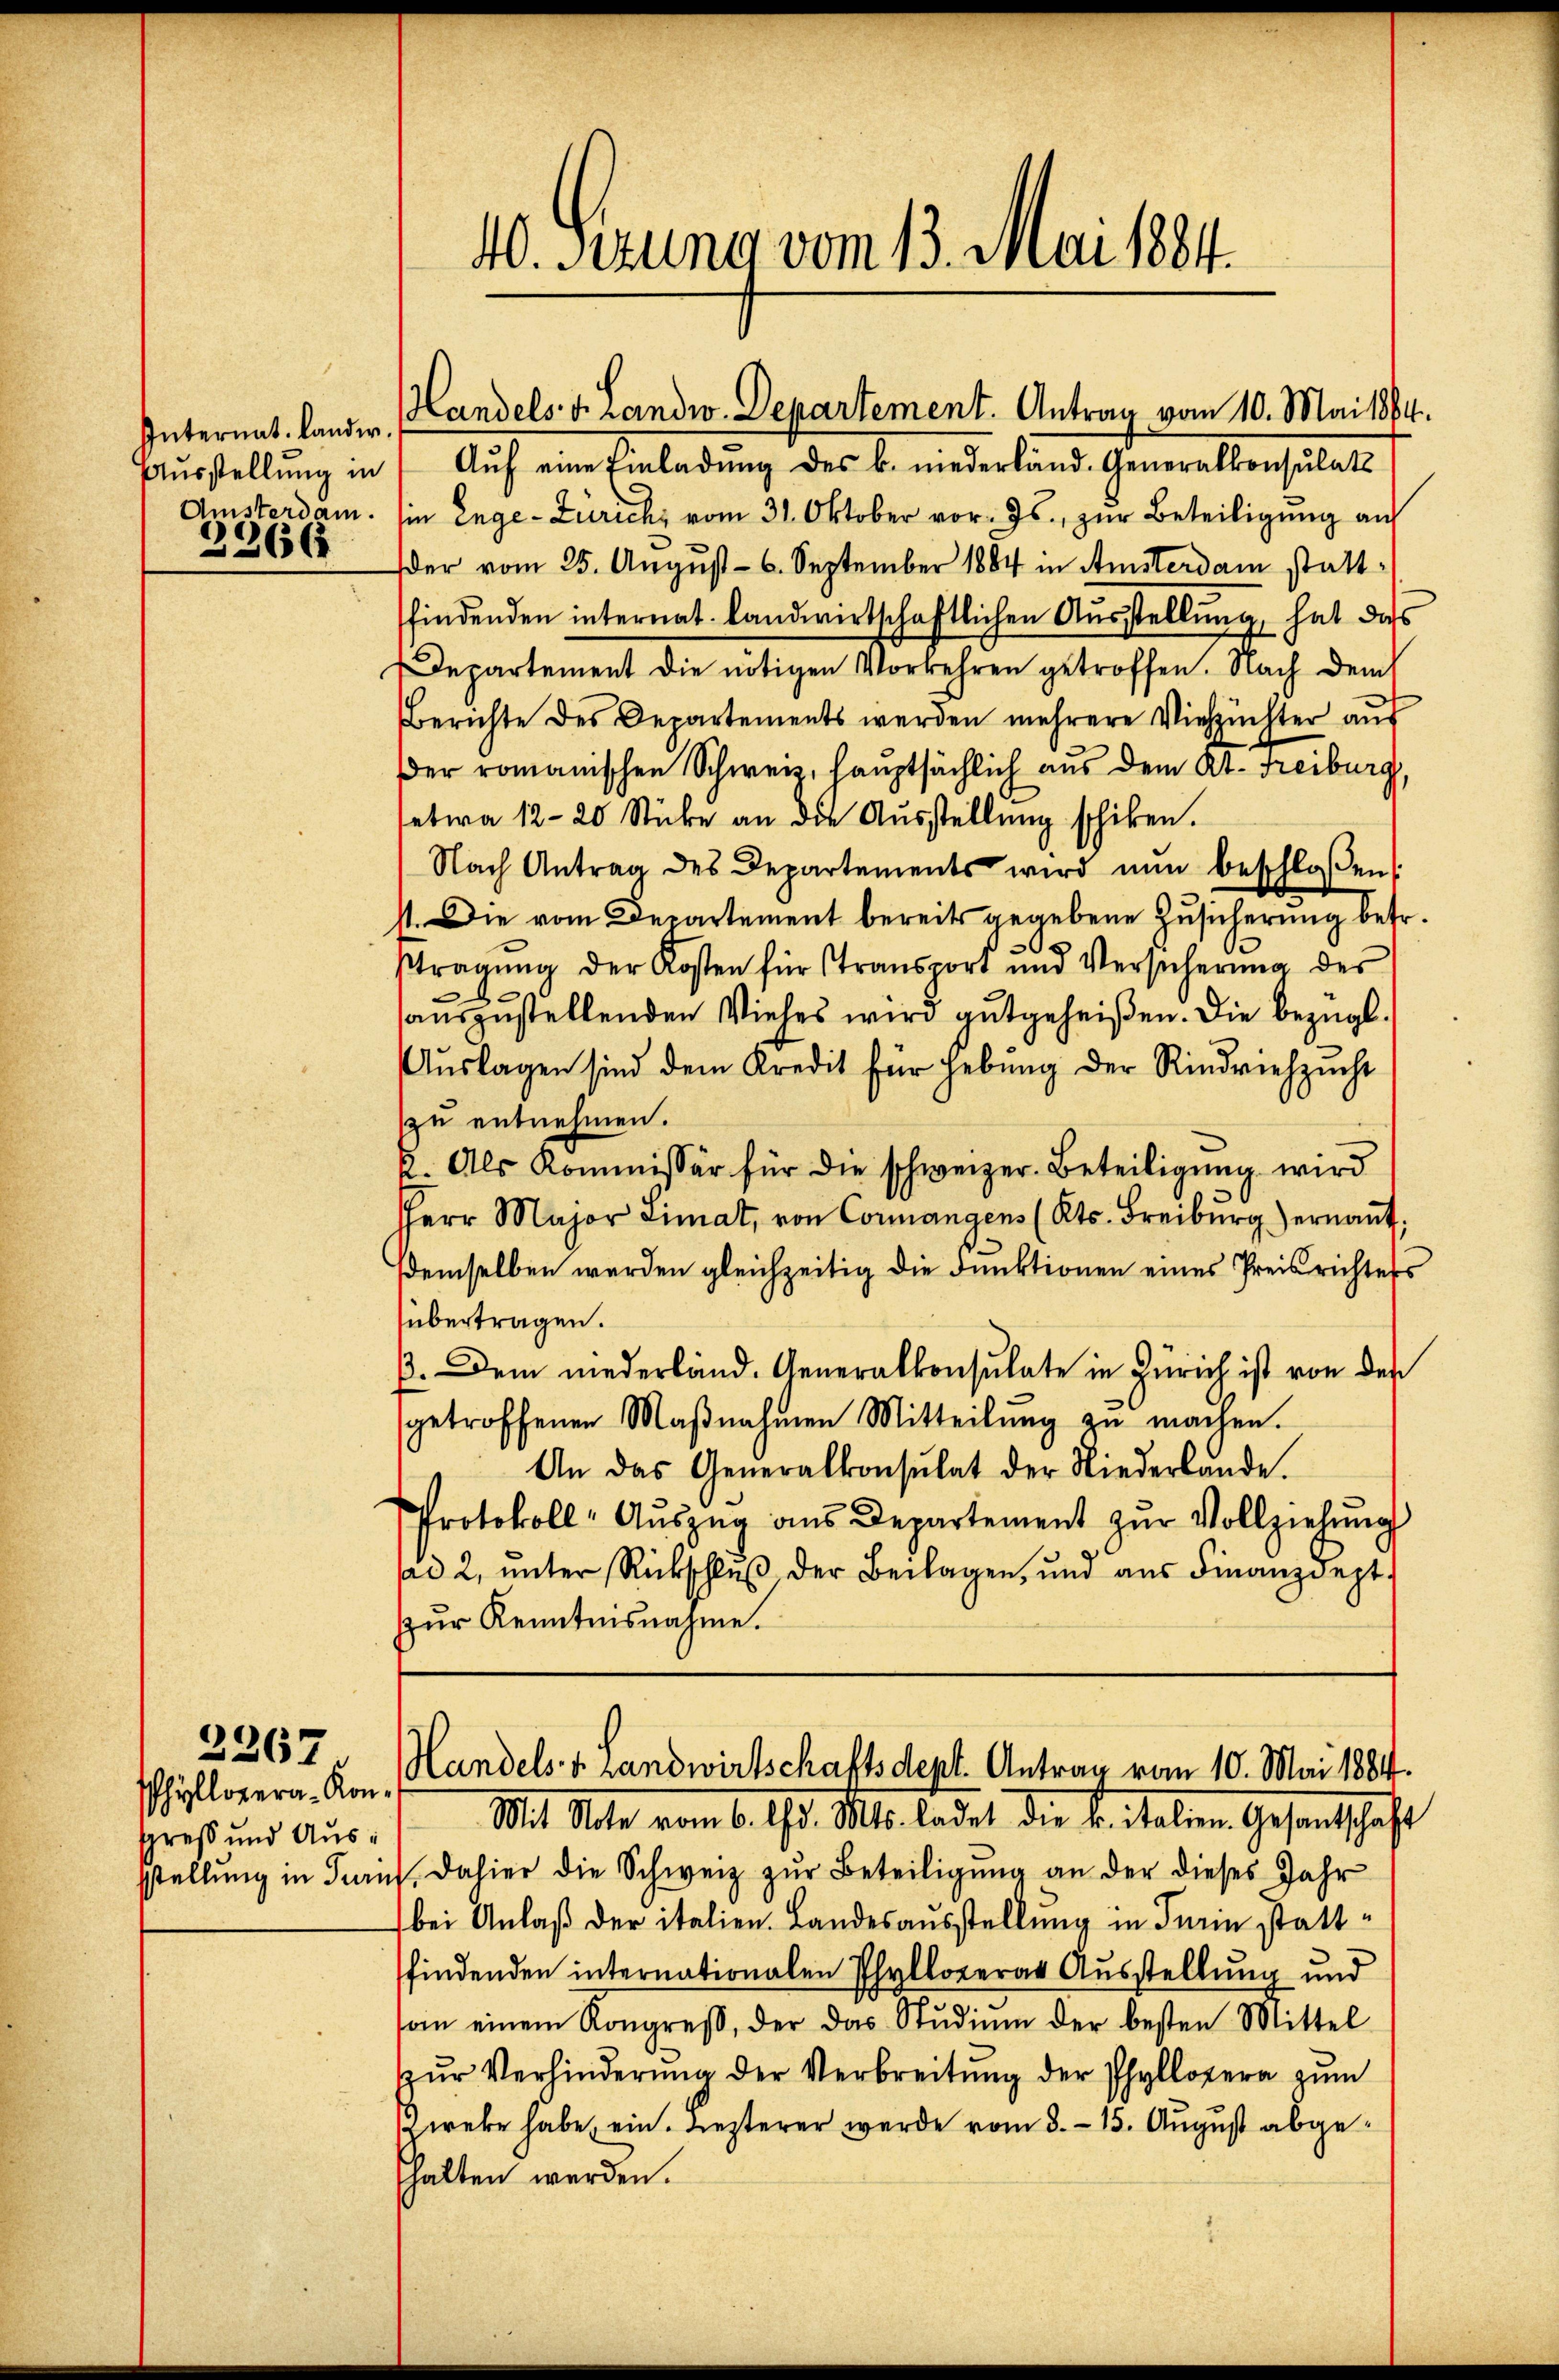
Ausstellung in
Amsterdam.
3366

Phyllopera-Kongreß und Aussstellung in Turin

2267.

40. Ferung vom 13. Mai 1884.

Aŭf eine Einladung des k. niederländ. Generalkonsulats
in Enge-Zürich vom 31. Oktober vor. Js. zur Beteiligung auf
der vom 25. August - 6. September 1884 in Amsterdam stattfindenden internat. Landwirtschaftlichen Ausstellung, hat dass
Departement die nötigen Vorkehren getroffen. Nach dem
Berichte des Departements werden mehrere Viehzŭchter aus
der romanischen Schweiz, hauptsächlich aus dem At. Freiburg,
etwa 12-20 Stücke an die Ausstellung schiken.
Nach Antrag des Departements wird nun beschloßen:
st. Die vom Departement bereits gegebene Zusicherung betr.
stragŭng der Kosten für Transport und Versicherŭng des
sauszustellenden Viehes wird gutgeheißen. Die bezügl.
Aŭslagen sind dem Kredit für Hebŭng der Rindviehzŭcht
zu entnehmen.
k. Als Kommissär für die schweizer. Beteiligung wird
Herr Major Limat, von Connangens (Kts. Freiburg) ernannt;
demselben werden gleichzeitig die Funktionen eines Preisrichtess
übertragen.
ß. Dem niederland. Generalkonsulate in Zürich ist von des
getroffenen Maβnahmen Mitteilŭng zŭ machen.
An das Generalkonsulat der Niederlande.
Protokoll- Aŭszŭg aŭs Departement zŭr Vollziehŭng
ad 2, ŭnter Rückschlŭβ der Beilagen, und aŭs Finanzdept
Zur Kenntnisnahme.

Internat. Lander. (Landels v. Landw. Departement. Antrag vom 10. Mai 1864.

Handels v. Landwirtschaftsdept. Antrag vom 10. Mai 1884.

Mit Note vom 6. d. Mts. ladet die sr. italen Gesantschaft
. dahier die Schweiz zŭr Beteiligŭng an der dieses Jahr
bei Anlaß der italien. Landesausstellung in derin stattfindenden internationalen Phylloverar Ausstellung und
soin einem Kongreβ, der das Stŭdiŭm der besten Mittel
Zŭr Verhinderŭng der Verbreitŭng der Phyllopera zum
Zweke habe, ein. Lezterer werde vom 3. 15. August abgehalten werden.